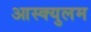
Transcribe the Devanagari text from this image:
आस्क्युलम